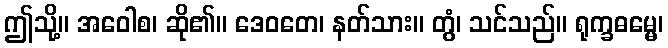
ဤသို့။ အဝေါစ၊ ဆို၏။ ဒေဝတေ၊ နတ်သား။ တွံ၊ သင်သည်။ ရုက္ခဓမ္မေ၊